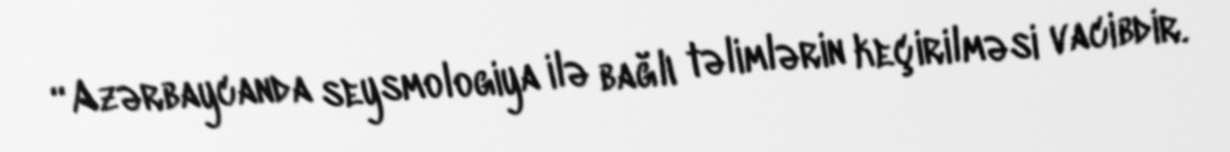
“Azərbaycanda seysmologiya ilə bağlı təlimlərin keçirilməsi vacibdir.